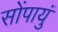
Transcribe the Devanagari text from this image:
सोंपायुं